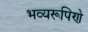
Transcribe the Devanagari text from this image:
भव्यरूपिणे